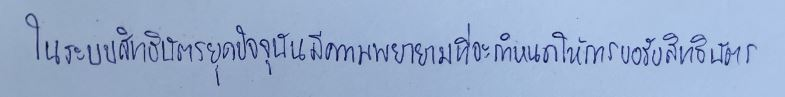
ในระบบสิทธิบัตรยุคปัจจุบันมีความพยายามที่จะกำหนดให้การขอรับสิทธิบัตร